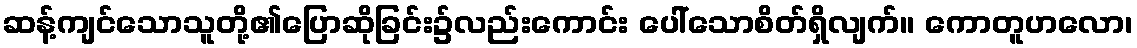
ဆန့်ကျင်သောသူတို့၏ပြောဆိုခြင်း၌လည်းကောင်း ပေါ်သောစိတ်ရှိလျက်။ ကောတူဟလော၊